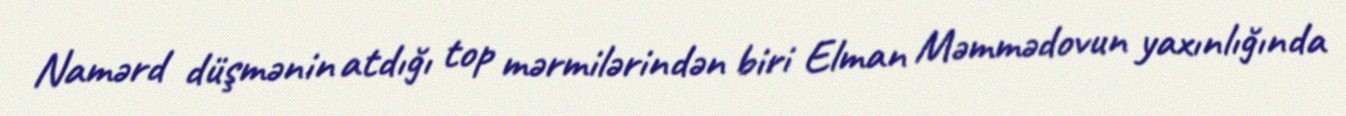
Namərd düşmənin atdığı top mərmilərindən biri Elman Məmmədovun yaxınlığında